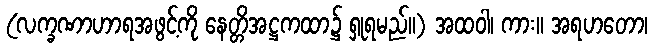
(လက္ခဏာဟာရအဖွင့်ကို နေတ္တိအဋ္ဌကထာ၌ ရှုရမည်။) အထဝါ၊ ကား။ အရဟတော၊